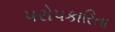
પરોપકારિતા